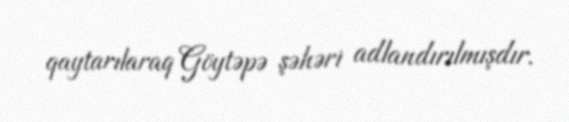
qaytarılaraq Göytəpə şəhəri adlandırılmışdır.